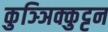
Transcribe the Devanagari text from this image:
कुञ्ञिक्कुट्टन